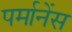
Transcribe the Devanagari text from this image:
पर्मानेंस